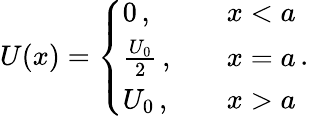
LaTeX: U(x)=\left\{ \begin{array}{ll}{0\, ,}&{\quad x<a}\\ {\frac{U_{0}}2\, ,}&{\quad x=a}\\ {U_{0}\, ,}&{\quad x>a}\end{array}\right.\, .